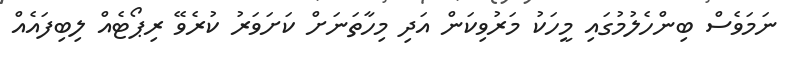
ނަމަވެސް ބިންހެލުމުގައި މީހަކު މަރުވިކަން އަދި މިހާތަނަށް ކަށަވަރު ކުރެވޭ ރިޕޯޓެއް ލިބިފައެއް